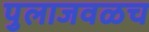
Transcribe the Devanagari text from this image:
पुलाजवळच